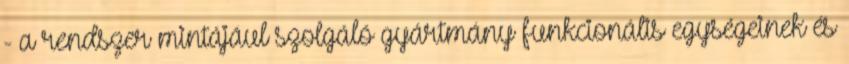
- a rendszer mintájául szolgáló gyártmány funkcionális egységeinek és